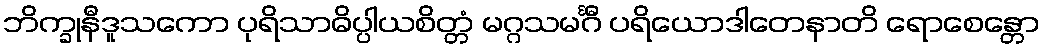
ဘိက္ခုနီဒူသကော ပုရိသာဓိပ္ပါယစိတ္တံ မဂ္ဂသမင်္ဂီ ပရိယောဒါတေနာတိ ရောစေန္တော